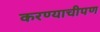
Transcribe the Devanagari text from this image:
करण्याचीपण